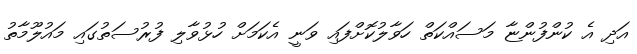
އަދި އެ ކުންފުންޏާ މަސައްކަތް ހަވާލުކޮށްފައި ވަނީ އެކަމަށް ހުޅުވާލި ފުރުސަތުގައި މައުލޫމާތު